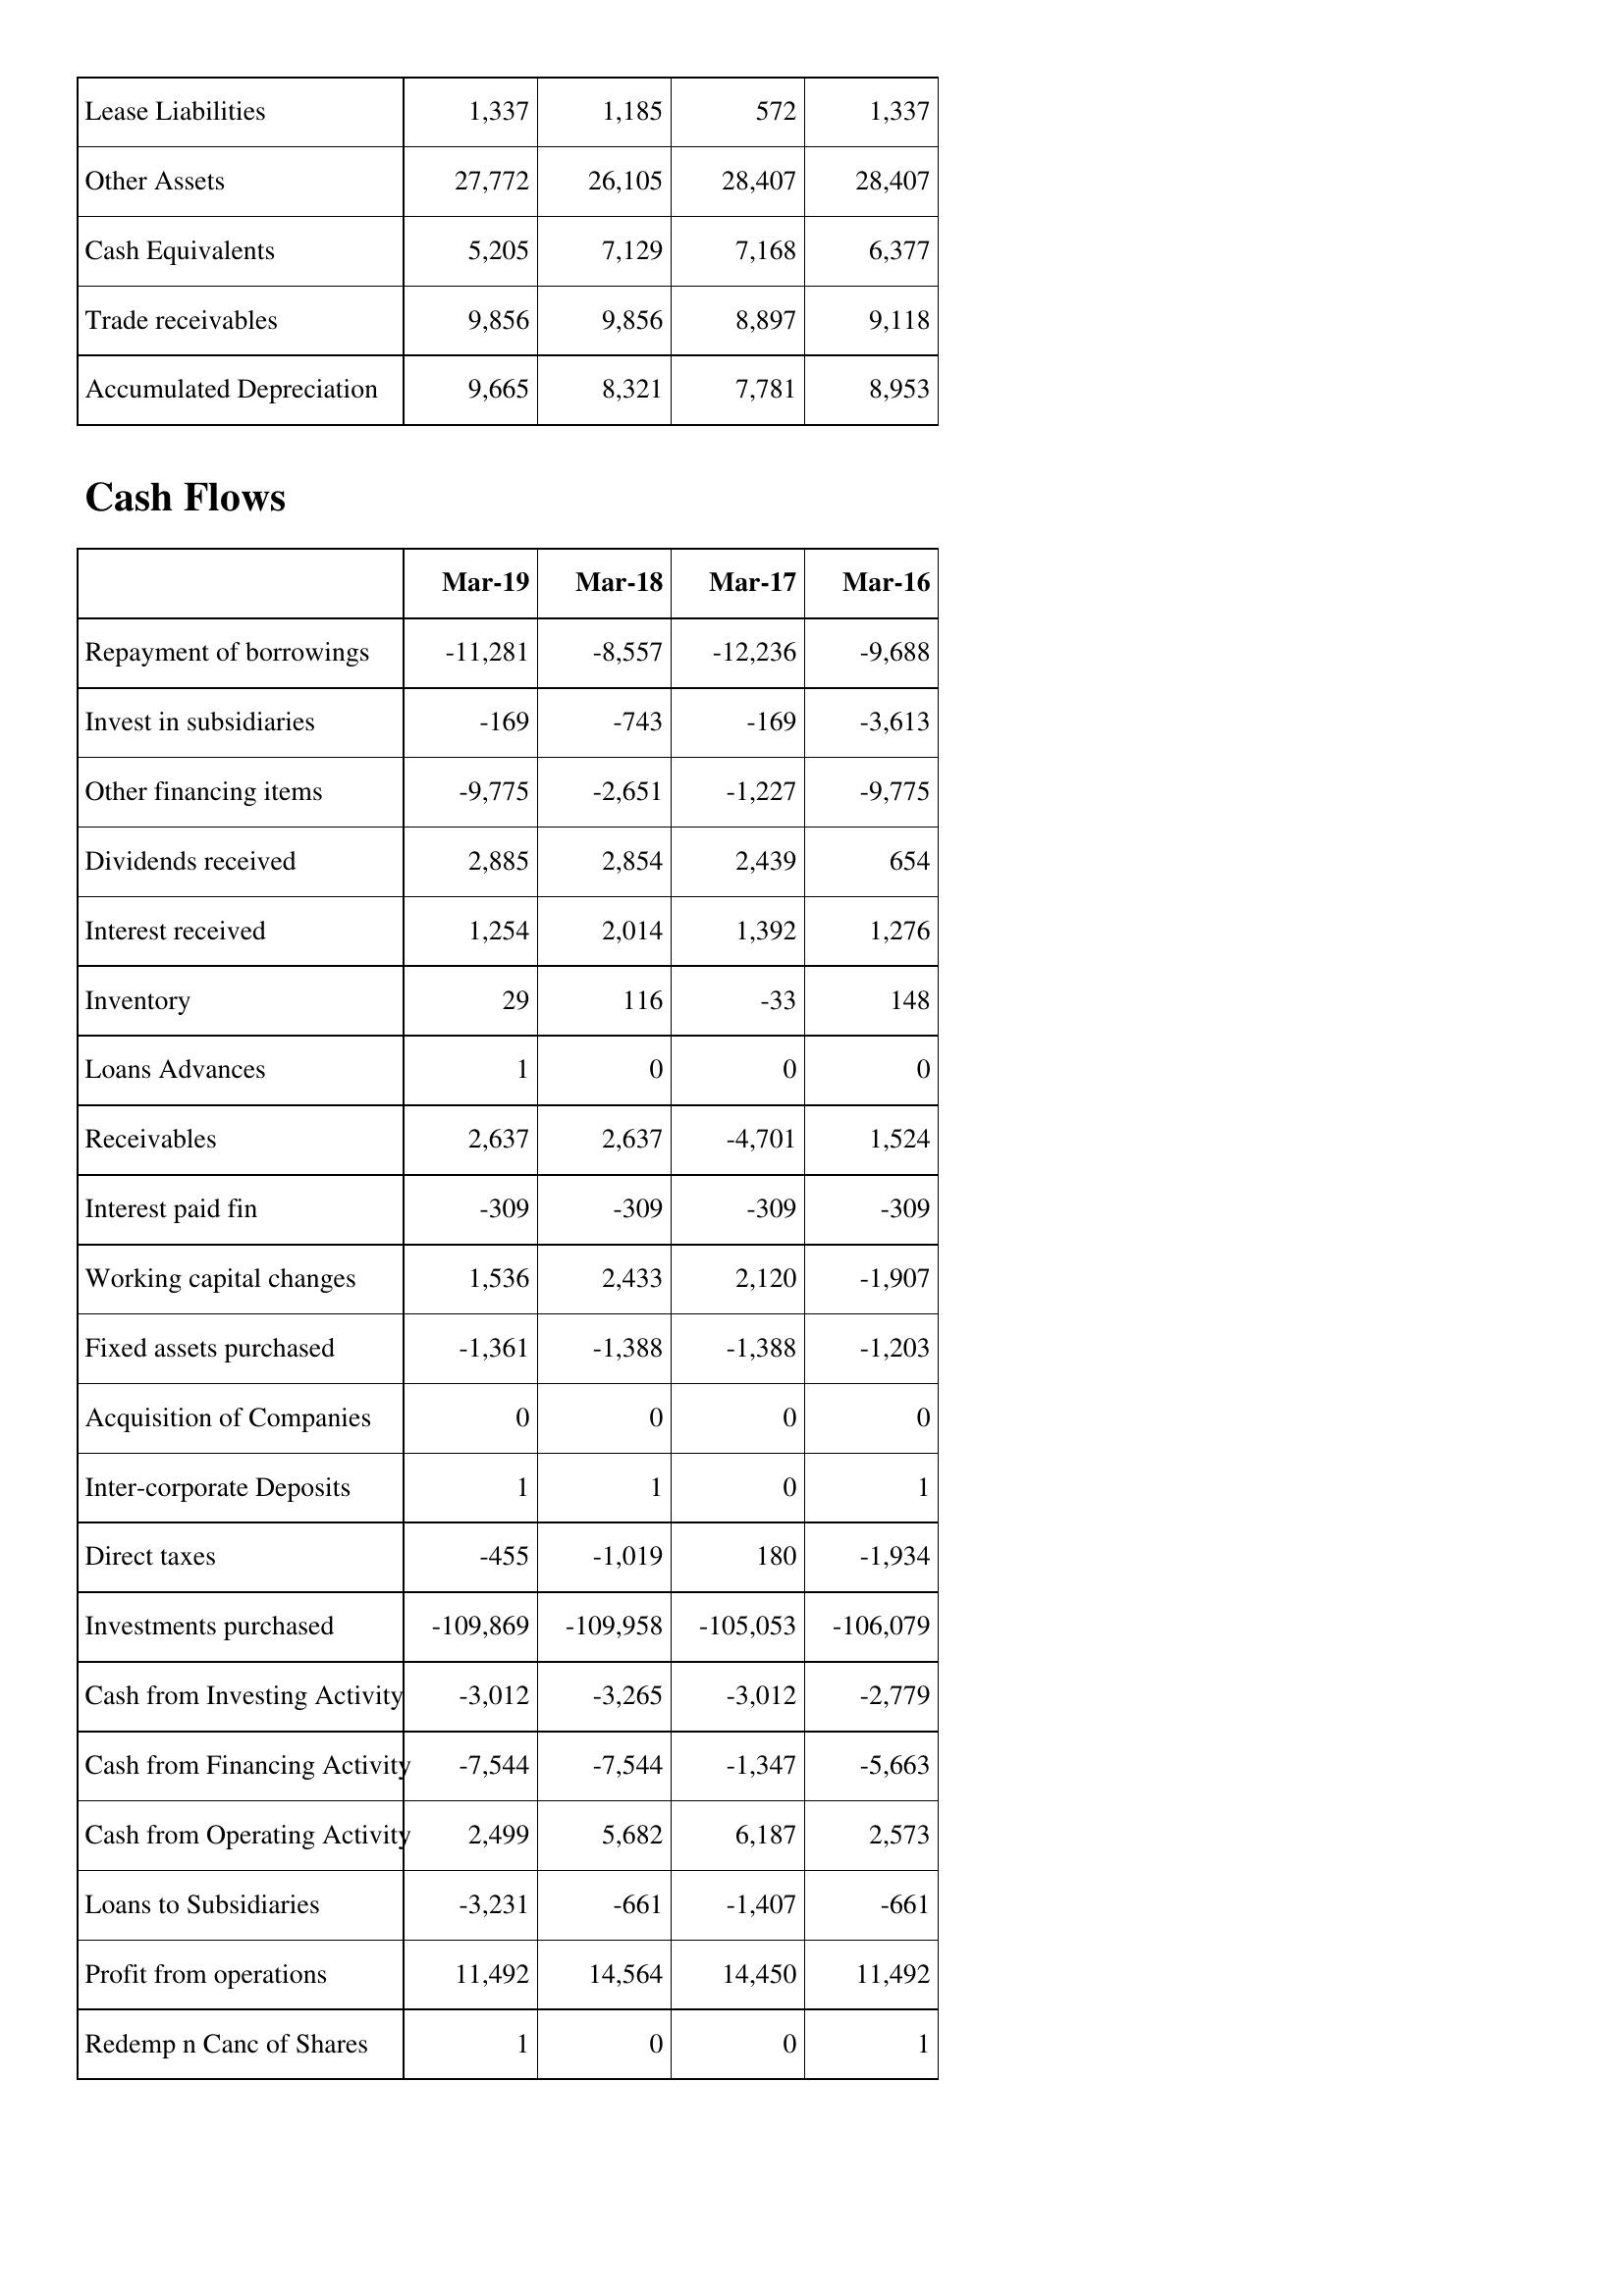
Mar-19: Balance Sheet: Lease Liabilities: 1,337
Other Assets: 27,772
Cash Equivalents: 5,205
Trade receivables: 9,856
Accumulated Depreciation: 9,665
Cash Flows: Repayment of borrowings: -11,281
Invest in subsidiaries: -169
Other financing items: -9,775
Dividends received: 2,885
Interest received: 1,254
Inventory: 29
Loans Advances: 1
Receivables: 2,637
Interest paid fin: -309
Working capital changes: 1,536
Fixed assets purchased: -1,361
Acquisition of Companies: 0
Inter-corporate Deposits: 1
Direct taxes: -455
Investments purchased: -109,869
Cash from Investing Activity: -3,012
Cash from Financing Activity: -7,544
Cash from Operating Activity: 2,499
Loans to Subsidiaries: -3,231
Profit from operations: 11,492
Redemp n Canc of Shares: 1
Mar-18: Balance Sheet: Lease Liabilities: 1,185
Other Assets: 26,105
Cash Equivalents: 7,129
Trade receivables: 9,856
Accumulated Depreciation: 8,321
Cash Flows: Repayment of borrowings: -8,557
Invest in subsidiaries: -743
Other financing items: -2,651
Dividends received: 2,854
Interest received: 2,014
Inventory: 116
Loans Advances: 0
Receivables: 2,637
Interest paid fin: -309
Working capital changes: 2,433
Fixed assets purchased: -1,388
Acquisition of Companies: 0
Inter-corporate Deposits: 1
Direct taxes: -1,019
Investments purchased: -109,958
Cash from Investing Activity: -3,265
Cash from Financing Activity: -7,544
Cash from Operating Activity: 5,682
Loans to Subsidiaries: -661
Profit from operations: 14,564
Redemp n Canc of Shares: 0
Mar-17: Balance Sheet: Lease Liabilities: 572
Other Assets: 28,407
Cash Equivalents: 7,168
Trade receivables: 8,897
Accumulated Depreciation: 7,781
Cash Flows: Repayment of borrowings: -12,236
Invest in subsidiaries: -169
Other financing items: -1,227
Dividends received: 2,439
Interest received: 1,392
Inventory: -33
Loans Advances: 0
Receivables: -4,701
Interest paid fin: -309
Working capital changes: 2,120
Fixed assets purchased: -1,388
Acquisition of Companies: 0
Inter-corporate Deposits: 0
Direct taxes: 180
Investments purchased: -105,053
Cash from Investing Activity: -3,012
Cash from Financing Activity: -1,347
Cash from Operating Activity: 6,187
Loans to Subsidiaries: -1,407
Profit from operations: 14,450
Redemp n Canc of Shares: 0
Mar-16: Balance Sheet: Lease Liabilities: 1,337
Other Assets: 28,407
Cash Equivalents: 6,377
Trade receivables: 9,118
Accumulated Depreciation: 8,953
Cash Flows: Repayment of borrowings: -9,688
Invest in subsidiaries: -3,613
Other financing items: -9,775
Dividends received: 654
Interest received: 1,276
Inventory: 148
Loans Advances: 0
Receivables: 1,524
Interest paid fin: -309
Working capital changes: -1,907
Fixed assets purchased: -1,203
Acquisition of Companies: 0
Inter-corporate Deposits: 1
Direct taxes: -1,934
Investments purchased: -106,079
Cash from Investing Activity: -2,779
Cash from Financing Activity: -5,663
Cash from Operating Activity: 2,573
Loans to Subsidiaries: -661
Profit from operations: 11,492
Redemp n Canc of Shares: 1